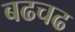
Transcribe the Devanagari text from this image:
बढचढ